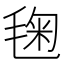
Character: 毱